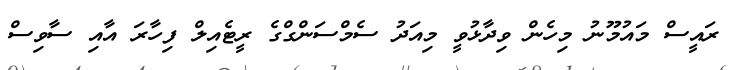
ރައީސް މައުމޫނު މިހެން ވިދާޅުވީ މިއަދު ސެމްސަންގްގެ ރީޓެއިލް ފިހާރަ އާއި ސާވިސް